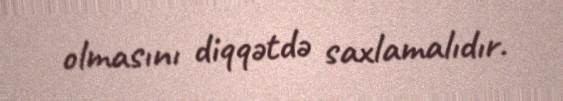
olmasını diqqətdə saxlamalıdır.